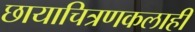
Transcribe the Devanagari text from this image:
छायाचित्रणकलाही